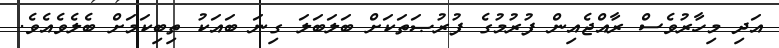
އަދި މިހާރުވެސް ރާއްޖެއިން ފުރުމުގެ ފުރުޞަތަކަށް ބަލަބަލަ ގިނަ ބައަކު ތިބިކަމަށް ބެލެވެއެވެ.